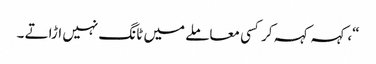
“، کہہ کہہ کر کسی معاملے میں ٹانگ نہیں اڑاتے ۔